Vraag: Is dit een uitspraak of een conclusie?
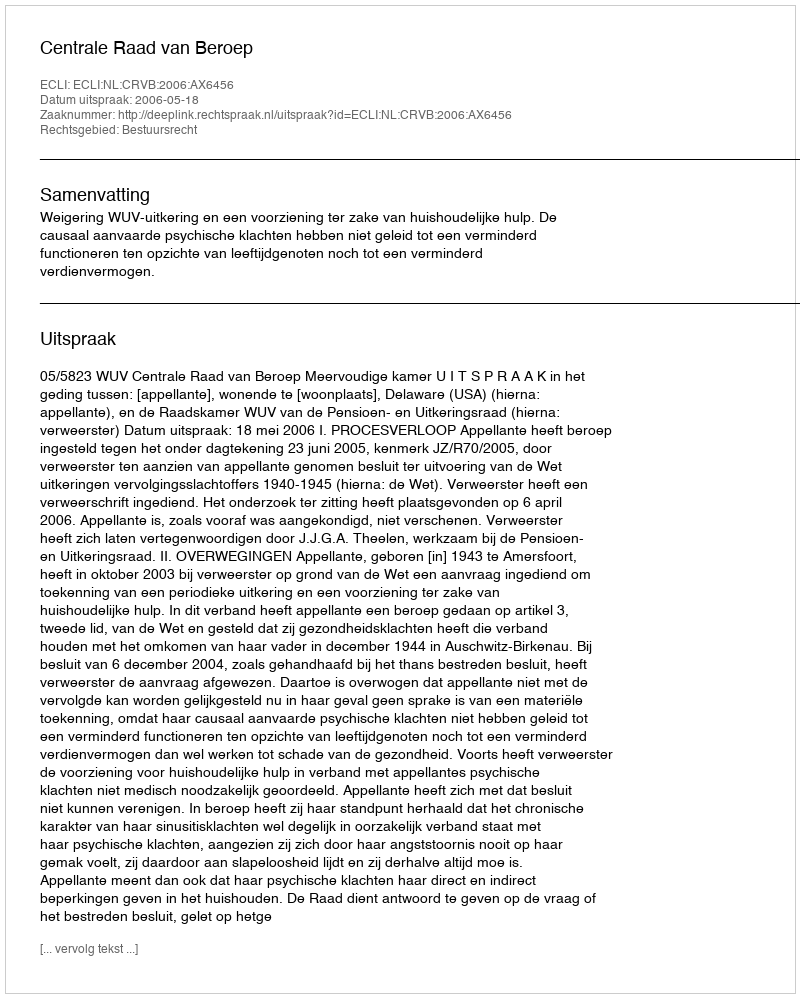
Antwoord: Uitspraak